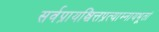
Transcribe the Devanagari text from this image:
सर्वप्रायश्चित्तप्रत्याम्नायभूतां